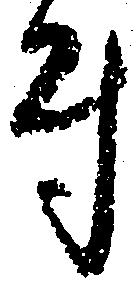
付